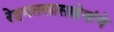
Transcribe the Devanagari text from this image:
रेहमतखासाहेबांचे